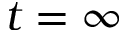
t = \infty